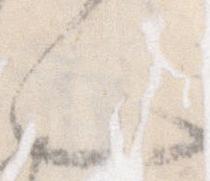
ん